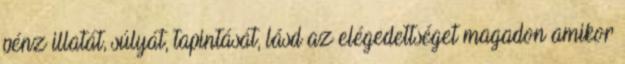
pénz illatát, súlyát, tapintását, lásd az elégedettséget magadon amikor